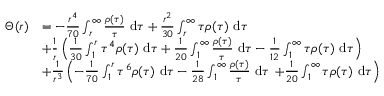
\begin{array} { r l } { \Theta ( r ) } & { = - \frac { r ^ { 4 } } { 7 0 } \int _ { r } ^ { \infty } \frac { \rho ( \tau ) } { \tau } ~ \mathrm { d } \tau + \frac { r ^ { 2 } } { 3 0 } \int _ { r } ^ { \infty } \tau \rho ( \tau ) ~ \mathrm { d } \tau } \\ & { + \frac { 1 } { r } \left( \frac { 1 } { 3 0 } \int _ { 1 } ^ { r } \tau ^ { 4 } \rho ( \tau ) ~ \mathrm { d } \tau + \frac { 1 } { 2 0 } \int _ { 1 } ^ { \infty } \frac { \rho ( \tau ) } { \tau } ~ \mathrm { d } \tau - \frac { 1 } { 1 2 } \int _ { 1 } ^ { \infty } \tau \rho ( \tau ) ~ \mathrm { d } \tau \right) } \\ & { + \frac { 1 } { r ^ { 3 } } \left( - \frac { 1 } { 7 0 } \int _ { 1 } ^ { r } \tau ^ { 6 } \rho ( \tau ) ~ \mathrm { d } \tau - \frac { 1 } { 2 8 } \int _ { 1 } ^ { \infty } \frac { \rho ( \tau ) } { \tau } ~ \mathrm { d } \tau \right. \left. + \frac { 1 } { 2 0 } \int _ { 1 } ^ { \infty } \tau \rho ( \tau ) ~ \mathrm { d } \tau \right) } \end{array}